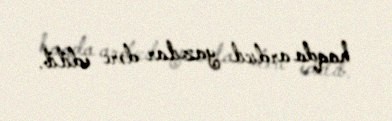
haqda ardıcıl yazılar dərc edilib.